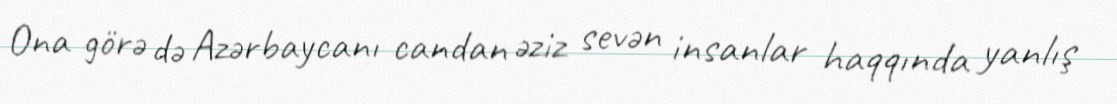
Ona görə də Azərbaycanı candan əziz sevən insanlar haqqında yanlış